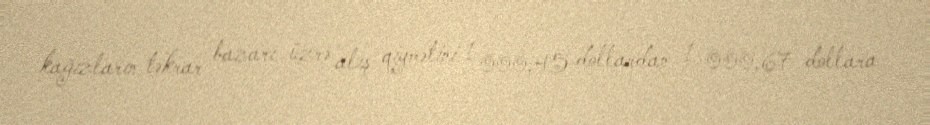
kağızların təkrar bazarı üzrə alış qiymətini 1 000,45 dollardan 1 000,67 dollara